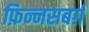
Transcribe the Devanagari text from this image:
फ़िन्नसबर्ग़